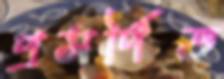
প্রসর্পিত